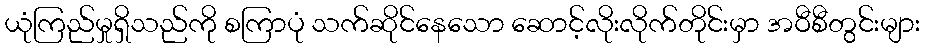
ယုံကြည်မှုရှိသည်ကို စကြာပုံ သက်ဆိုင်နေသော ဆောင့်လိုးလိုက်တိုင်းမှာ အဝီစီတွင်းများ